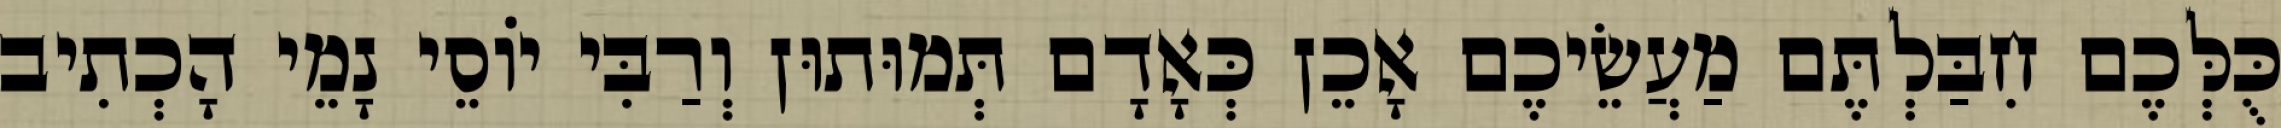
כֻּלְּכֶם חִבַּלְתֶּם מַעֲשֵׂיכֶם אָכֵן כְּאָדָם תְּמוּתוּן וְרַבִּי יוֹסֵי נָמֵי הָכְתִיב